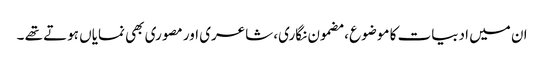
ان میں ادبیات کا موضوع ، مضمون نگاری، شاعری اور مصوری بھی نمایاں ہوتے تھے ۔